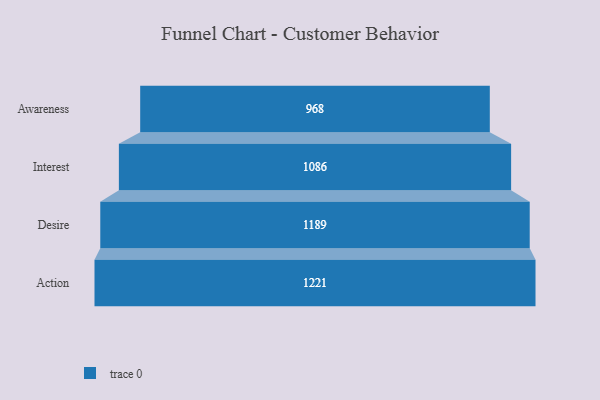
{"axis": {"x": "Stage", "y": "Value"}, "legend": [""], "data": [{"x": "Awareness", "y": 968.0, "type": ""}, {"x": "Interest", "y": 1086.0, "type": ""}, {"x": "Desire", "y": 1189.0, "type": ""}, {"x": "Action", "y": 1221.0, "type": ""}]}